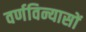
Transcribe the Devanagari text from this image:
वर्णविन्यासों